Medical and sanitary report on the native army of Bombay for the year
Year: 1878
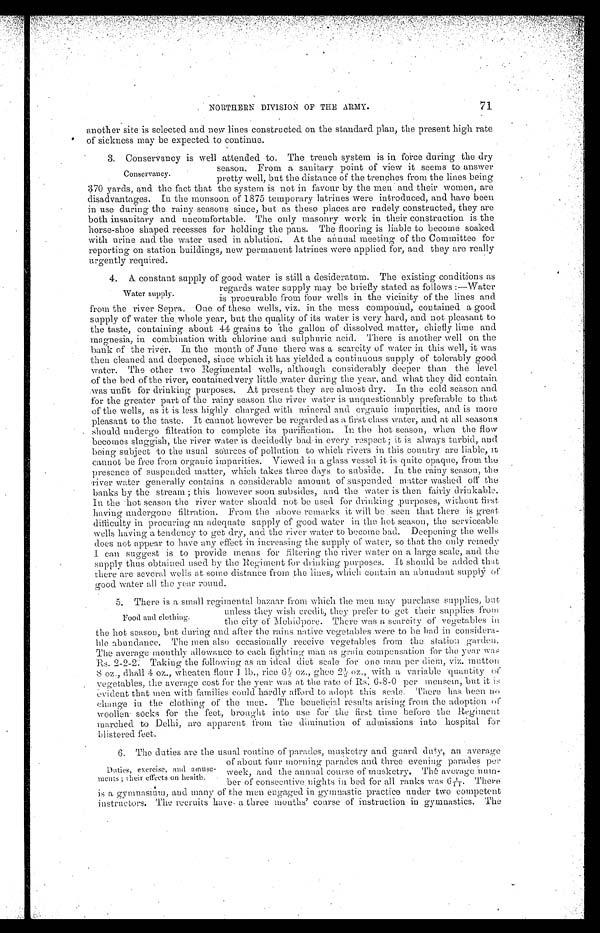
NORTHERN DIVISION OF THE ARMY.
71
another site is selected and new lines constructed on the standard plan, the present high rate
of sickness may be expected to continue.
3. Conservancy is well attended to. The trench system is in force during the dry
season. From a sanitary point of view it seems to answer
pretty well, but the distance of the trenches from the lines being
370 yards, and the fact that the system is not in favour by the men and their women, are
disadvantages. In the Monsoon of 1875 temporary latrines were introduced, and have been
in use during the rainy seasons since, but as these places are rudely constructed, they are
both insanitary and uncomfortable. The only masonry work in their construction is the
horse-shoe shaped recesses for holding the pans. The flooring is liable to become soaked
with urine and the water used in ablution. At the annual meeting of the Committee for
reporting on station buildings, new permanent latrines were applied for, and they are really
urgently required.
4. A constant supply of good water is still a desideratum. The existing conditions as
regards water supply may be briefly stated as follows:—Water
is procurable from four wells in the vicinity of the lines and
from the river Sepra. One of these wells, viz. in the mess compound, contained a good
supply of water the whole year, but the quality of its water is very hard, and not pleasant to
the taste, containing about 44 grains to the gallon of dissolved matter, chiefly lime and
magnesia, in combination with chlorine and sulphuric acid. There is another well on the
bank of the river. In the month of June there was a scarcity of water in this well, it was
then cleaned and deepened, since which it has yielded a continuous supply of tolerably good
water. The other two Regimental wells, although considerably deeper than the level
of the bed of the river, contained very little water during the year, and what they did contain
was unfit for drinking purposes. At present they are almost dry. In the cold season and
for the greater part of the rainy season the river water is unquestionably preferable to that
of the wells, as it is less highly charged with mineral and organic impurities, and is more
pleasant to the taste. It cannot however be regarded as a first class water, and at all seasons
. should undergo filtration to complete its purification. In the hot season, when the flow
becomes sluggish, the river water is decidedly bad-in every respect; it is always turbid, and
being subject to the usual. sources of pollution to which rivers in this country are liable, it
cannot be free from organic impurities. Viewed in a glass vessel it is quite opaque, from the
presence of suspended matter, which takes three days to subside. In the rainy season, the
river water generally contains a considerable amount of suspended matter washed off the
banks by the stream; this however soon subsides, and the water is then fairly drinkable.
In the hot season the river water should not be used for drinking purposes, without first
having undergone filtration. From the above remarks it will be seen that there is great,
difficulty in procuring an adequate supply of good water in the hot season, the serviceable
wells having a tendency to get dry, and the river water to become bad. Deepening the wells
does not appear to have any effect in increasing the supply of water, so that the only remedy
I can suggest is to provide means for filtering the river water on a large scale, and the
supply thus obtained used by the Regiment for drinking purposes. It should be added that
there are several wells at some distance from the lines, which contain an abundant supply of
good water all the year round.
5. There is a small regimental bazaar from which the men may purchase supplies, but
unless they wish credit, they prefer to get their supplies from
the city of Mehidpore. There was a scarcity of vegetables in
the hot season, but during and after the rains native vegetables were to be had in considera--
ble abundance. The men also occasionally receive vegetables from the station garden.
The average monthly allowance to each fighting man as grain compensation for the year was
Rs. 2-2-2. Taking the following as an ideal diet scale for one man per diem, viz. mutton
8 oz., dhall 4 oz., wheaten flour 1 lb., rice 6½ oz., ghee 2½ oz., with a variable quantity of
vegetables, the. average cost for the year was at the rate of Rs. 6-8-0 per mensem, but it is
evident that men with families could hardly afford to adopt this scale. There has been no
change in the clothing of the men. The beneficial results arising from the adoption
of woollen socks for the feet, brought into use for the first time before the Regiment
marched to Delhi, are apparent from the diminution of admissions into hospital for
blistered feet.
6. The duties are the usual routine of parades, musketry and guard duty, an average
of about four morning parades and three evening parades per
week, and the annual course of musketry. The average num-
ber of consecutive nights in bed for all ranks was 6 1/11 There
is a gymnasium, and many of the men engaged in gymnastic practice under two competent
instructors. The recruits have a three mouths' course of instruction in gymnastics. The
Conservancy.
Water supply.
Food and clothing.
Duties, exercise, and amuse--
ments; their effects on health.